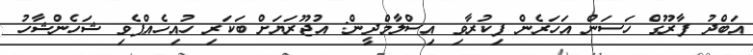
އަބްދު ފާރޫގް ހަސަން އަހަރެން ފިކުރާވި އިސްލާމްދީން: އުޖޫރަޔަށް ބަކަރި ހުއިހެއްޕެވި ޝަހެންޝާހު